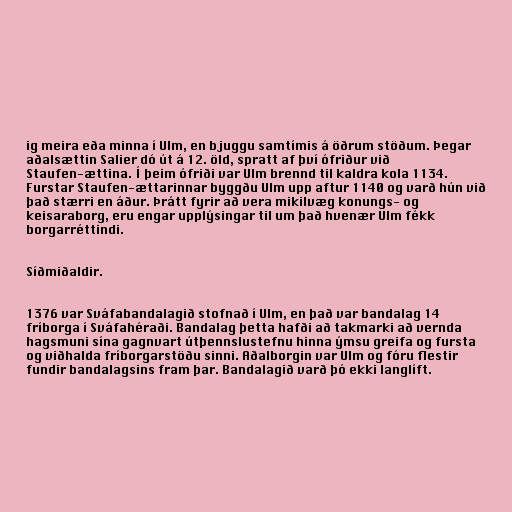
ig meira eða minna í Ulm, en bjuggu samtímis á öðrum stöðum. Þegar
aðalsættin Salier dó út á 12. öld, spratt af því ófriður við
Staufen-ættina. Í þeim ófriði var Ulm brennd til kaldra kola 1134.
Furstar Staufen-ættarinnar byggðu Ulm upp aftur 1140 og varð hún við
það stærri en áður. Þrátt fyrir að vera mikilvæg konungs- og
keisaraborg, eru engar upplýsingar til um það hvenær Ulm fékk
borgarréttindi.

Síðmiðaldir.

1376 var Sváfabandalagið stofnað í Ulm, en það var bandalag 14
fríborga í Sváfahéraði. Bandalag þetta hafði að takmarki að vernda
hagsmuni sína gagnvart útþennslustefnu hinna ýmsu greifa og fursta
og viðhalda fríborgarstöðu sinni. Aðalborgin var Ulm og fóru flestir
fundir bandalagsins fram þar. Bandalagið varð þó ekki langlíft.